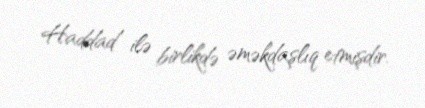
Haddad ilə birlikdə əməkdaşlıq etmişdir.